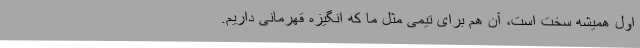
اول همیشه سخت است، آن هم برای تیمی مثل ما که انگیزه قهرمانی داریم.